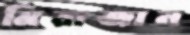
মিরাজান